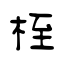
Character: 桎